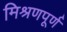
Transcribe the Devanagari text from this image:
मिश्रणपूर्ण